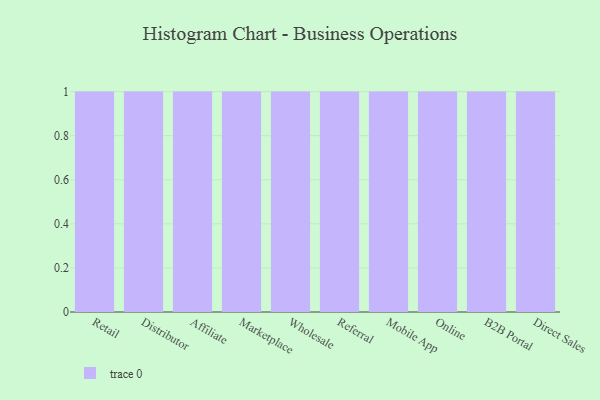
{"axis": {"x": "Channel", "y": "Latency (ms)"}, "legend": [""], "data": [{"x": "Retail", "y": 63, "type": ""}, {"x": "Distributor", "y": 89, "type": ""}, {"x": "Affiliate", "y": 59, "type": ""}, {"x": "Marketplace", "y": 80, "type": ""}, {"x": "Wholesale", "y": 32, "type": ""}, {"x": "Referral", "y": 18, "type": ""}, {"x": "Mobile App", "y": 19, "type": ""}, {"x": "Online", "y": 33, "type": ""}, {"x": "B2B Portal", "y": 86, "type": ""}, {"x": "Direct Sales", "y": 20, "type": ""}]}